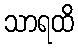
သာရထိ